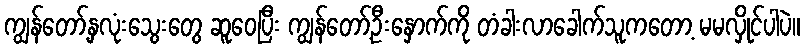
ကျွန်တော့်နှလုံးသွေးတွေ ဆူဝေပြီး ကျွန်တော့်ဦးနှောက်ကို တံခါးလာခေါက်သူကတော့ မမလှိုင်ပါပဲ။